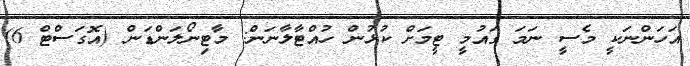
އަހަންނަކީ މެސީ ނަމަ ގައުމީ ޓީމަށް ކުޅުން ހުއްޓާލާނަން: މާޓިނޯލަންޑަން (އޮގަސްޓް 6)